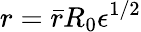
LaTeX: {r}=\bar{r}R_{0}{\epsilon}^{1/2}